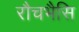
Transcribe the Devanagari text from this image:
रौचभैसि